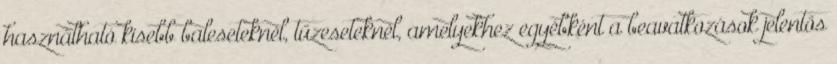
használható kisebb baleseteknél, tűzeseteknél, amelyekhez egyébként a beavatkozások jelentős